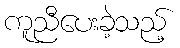
ကူညီပေးခဲ့သည့်